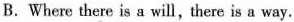
B.Where there is a will,there is a way.